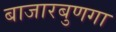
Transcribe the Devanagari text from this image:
बाजारबुणगा